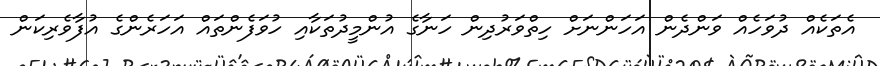
އެތަކެއް ދުވަހެއް ވަންދެން އަހަންނަށް ހިތްވަރުދިން ހަނާގެ އުންމީދުތަކާއި ހުވަފެންތައް އަހަރެންގެ އުފާވެރިކަން